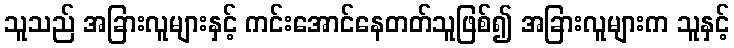
သူသည် အခြားလူများနှင့် ကင်းအောင်နေတတ်သူဖြစ်၍ အခြားလူများက သူနှင့်